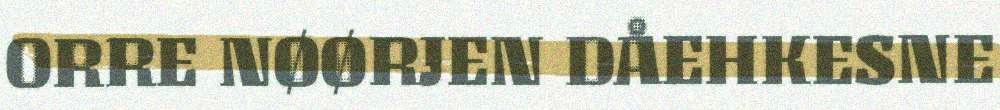
ORRE NØØRJEN DÅEHKESNE